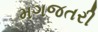
મગજતરી